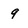
Character: 9